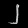
Digit: ၂